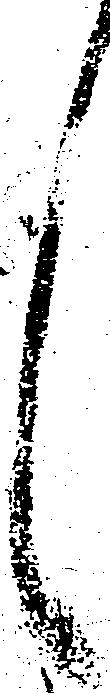
々